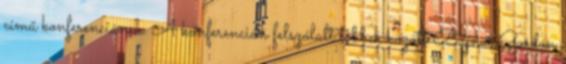
című konferenciának. A konferencián felszólalt többek között Bajnai Gordon